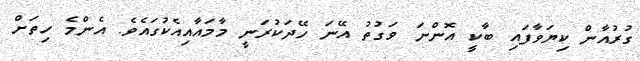
ގުރުއާން ކިޔަވާފައި ބާކީ އޮންނަ ވަގުތު އޭނަ ހޭދަކުރަނީ މާމައާއިއެކުގައެވެ. އެންމެ ހިތަށް